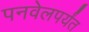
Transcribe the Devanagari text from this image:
पनवेलपर्यंत